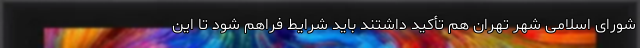
شورای اسلامی شهر تهران هم تأکید داشتند باید شرایط فراهم شود تا این